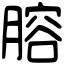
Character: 𦞳